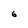
Character: 6